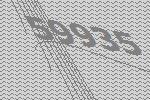
59935